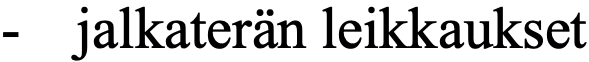
-  jalkaterän leikkaukset